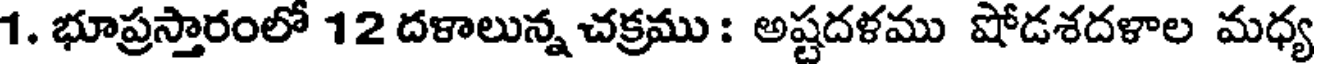
1. భూప్రస్తారంలో 12 దళాలున్న చక్రము : అష్టదళము షోడశదళాల మధ్య